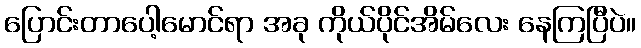
ပြောင်းတာပေါ့မောင်ရာ အခု ကိုယ်ပိုင်အိမ်လေး နေကြပြီပဲ။